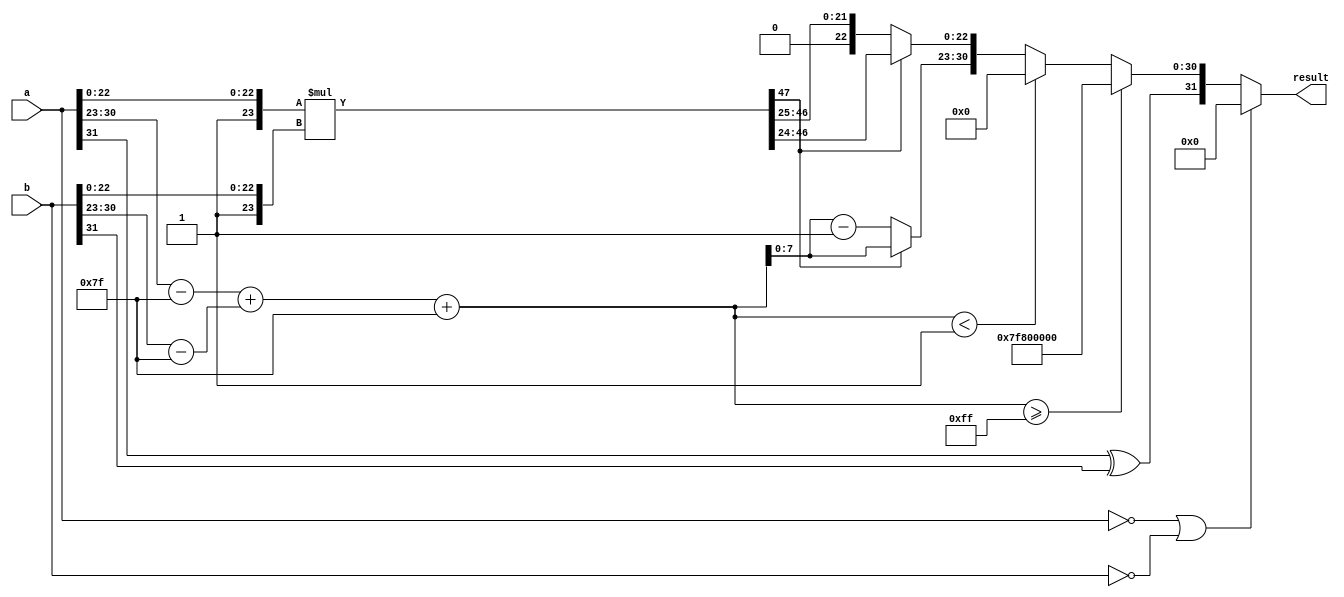
module floating_point_multiplier (
    input wire [31:0] a,       // Input Floating Point A
    input wire [31:0] b,       // Input Floating Point B
    output reg [31:0] result    // Output Floating Point Result
);

    wire sign_a, sign_b;          // Sign bits of a and b
    wire [7:0] exp_a, exp_b;      // Exponent parts of a and b
    wire [23:0] man_a, man_b;     // Mantissa parts of a and b
    wire sign_result;             // Sign bit of the result
    wire [8:0] exp_result;        // Exponent part of the result (with overflow)
    wire [47:0] man_result;       // Mantissa result (more bits to accommodate multiplication)
    reg [23:0] normalized_man;     // Normalized mantissa
    reg [7:0] normalized_exp;      // Adjusted exponent

    assign sign_a = a[31];
    assign exp_a = a[30:23];
    assign man_a = {1'b1, a[22:0]}; // Implicit leading 1

    assign sign_b = b[31];
    assign exp_b = b[30:23];
    assign man_b = {1'b1, b[22:0]}; // Implicit leading 1

    assign sign_result = sign_a ^ sign_b; // XOR for the result sign

    // Exponent Calculation
    assign exp_result = (exp_a - 8'd127) + (exp_b - 8'd127) + 8'd127;

    // Mantissa Calculation
    assign man_result = man_a * man_b;

    always @(*) begin
        // Handle Zero case
        if (a == 32'b0 || b == 32'b0) begin
            result = 32'b0;
        end else if (exp_result >= 8'd255) begin // Overflow to infinity
            result = {sign_result, 8'b11111111, 23'b0}; // Set to +Inf
        end else if (exp_result < 8'd1) begin // Underflow to zero
            result = {sign_result, 8'b0, 23'b0}; // Set to zero
        end else begin
            // Normalization of the mantissa
            if (man_result[47] == 1'b1) begin
                // Already normalized
                normalized_man = man_result[46:24]; // Take the higher 24 bits
                normalized_exp = exp_result[7:0];
            end else begin
                // Shift right for normalization if necessary
                normalized_man = man_result[46:25]; // Right shift
                normalized_exp = exp_result[7:0] - 1; // Adjust the exponent
            end

            // Construct the final result
            result = {sign_result, normalized_exp, normalized_man[22:0]};
        end
    end
endmodule